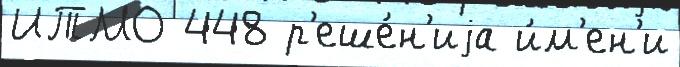
ИТМО 448 р'еше́н'иjа и́м'ен'и